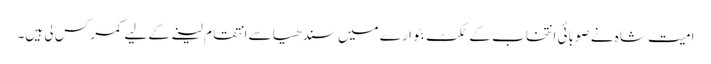
امیت شاہ نے صوبائی انتخاب کے ٹکٹ بٹوارے میں سندھیا سے انتقام لینے کے لیے کمر کس لی ہیں۔